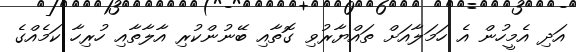
އަދި އެމީހުން އެ ހަމަލާއަށް ތައްޔާރުވި ގޮތާއި ބޭނުންކުރި އާލާތާއި ހުރިހާ ކަމެއްގެ